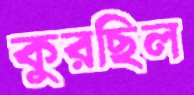
কুরছিল